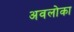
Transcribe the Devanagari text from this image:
अवलोका